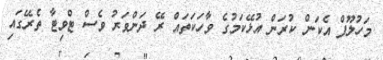
މަހުލޫފް އެކަން ކުރަން އުޅޭކަމުގެ ވާހަކަތައް ރޭ ދަންވަރު ވެސް ޓްވިޓާ ތެރޭގައި